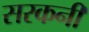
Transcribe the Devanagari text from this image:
सरकनी